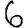
Digit: 6